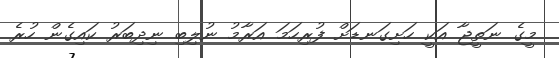
މީގެ ނަތީޖާ އަކީ ހަށިގަނޑަށް ފުރިހަމަ އަރާމު ނުލިބި ނިދިބަރު ކައިގެން ހުރެ